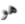
هو